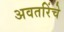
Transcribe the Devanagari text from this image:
अवतरिंचे